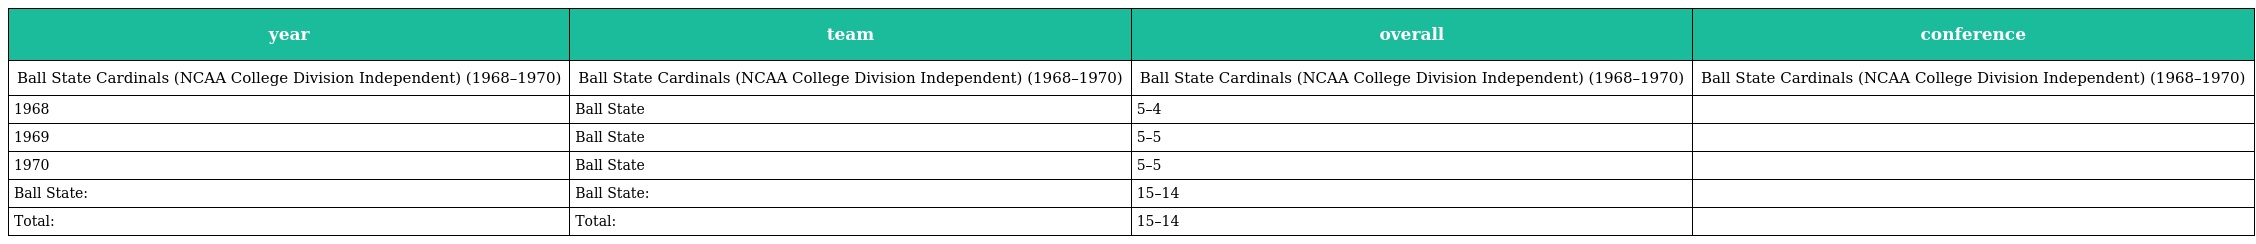
| year | team | overall | conference |
 | --- | --- | --- | --- |
 | Ball State Cardinals (NCAA College Division Independent) (1968–1970) | Ball State Cardinals (NCAA College Division Independent) (1968–1970) | Ball State Cardinals (NCAA College Division Independent) (1968–1970) | Ball State Cardinals (NCAA College Division Independent) (1968–1970) |
 | 1968 | Ball State | 5–4 |  |
 | 1969 | Ball State | 5–5 |  |
 | 1970 | Ball State | 5–5 |  |
 | Ball State: | Ball State: | 15–14 |  |
 | Total: | Total: | 15–14 |  |